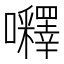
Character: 𡅵